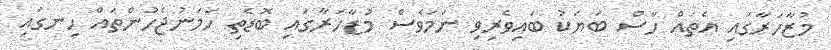
މުޒާހަރާގައި އެތައް ހާސް ބަޔަކު ބައިވެރިވި ނަމަވެސް މުޒާހަރާގައި ބޮޑެތި ހަމަނުޖެހުންތައް ހިނގައި